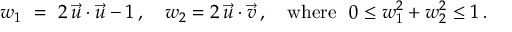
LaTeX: w _ { 1 } ~ = ~ 2 \, \vec { u } \cdot \vec { u } - 1 \, , \quad w _ { 2 } = 2 \, \vec { u } \cdot \vec { v } \, , \quad \mathrm { w h e r e \ } \ 0 \le w _ { 1 } ^ { 2 } + w _ { 2 } ^ { 2 } \le 1 \, .